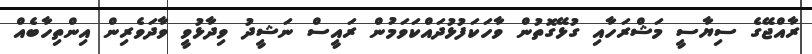
ރާއްޖޭގެ ސިޔާސީ މަޝްރަހާއި ގުޅޭގޮތުން ވާހަކަފުޅުދައްކަވަމުން ރައީސް ނަޝީދު ވިދާޅުވީ ވާދަވެރިން އިންތިހާބެއް